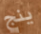
ينج